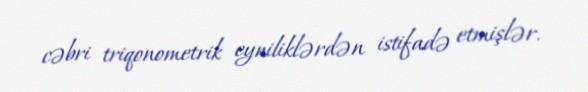
cəbri triqonometrik eyniliklərdən istifadə etmişlər.